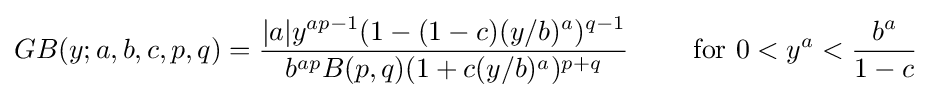
GB(y;a,b,c,p,q)={\frac {|a|y^{ap-1}(1-(1-c)(y/b)^{a})^{q-1}}{b^{ap}B(p,q)(1+c(y/b)^{a})^{p+q}}}\quad \quad {\text{  for }}0<y^{a}<{\frac {b^{a}}{1-c}}